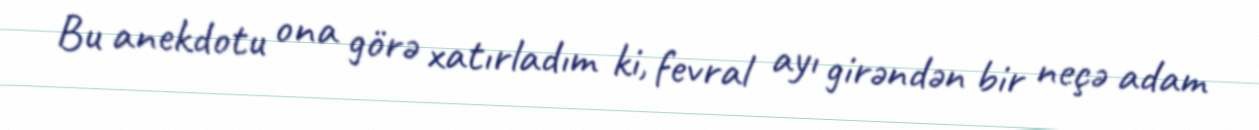
Bu anekdotu ona görə xatırladım ki, fevral ayı girəndən bir neçə adam